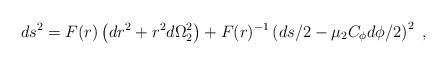
LaTeX: \begin{align*}ds^2=F(r) \left({d r}^2 +r^2{d\Omega}_2^2 \right)+F(r)^{-1}\left({d s}/2-\mu_2C_\phi{d\phi}/2\right)^2\ ,\end{align*}